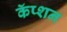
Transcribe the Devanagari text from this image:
कॅप्शन